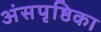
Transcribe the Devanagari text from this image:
अंसपृष्ठिका